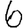
Digit: 6